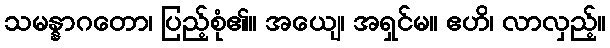
သမန္နာဂတော၊ ပြည့်စုံ၏။ အယျေ၊ အရှင်မ။ ဧဟိ၊ လာလှည့်။